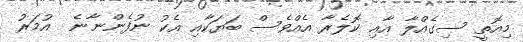
މިއޮތީ ސިގެއްލާ އާއި ކޮލެރާ އެއްވެސް ބަޔަކާއި އެކު ނުފެންނާނެ  އުމަރު